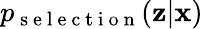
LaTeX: p_{\mathrm{~s~e~l~e~c~t~i~o~n~}}(\mathbf{z}|\mathbf{x})